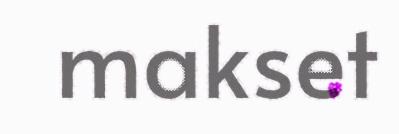
makset